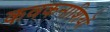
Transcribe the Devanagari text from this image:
कवकनाशियों